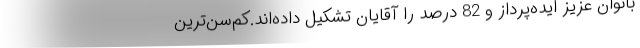
بانوان عزیز ایده‌پرداز و 82 درصد را آقایان تشکیل داده‌اند.کم‌سن‌ترین